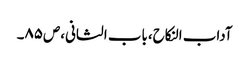
آداب النکاح،باب الثانی،ص٨٥۔